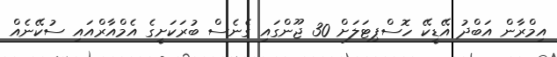
އިމްރާން އަބްދު އޭޑީކޭ ހޮސްޕިޓަލަށް 30 ޖޫންގައި ގެނެސް ބުރަކަށީގެ އެމްއާރްއައި ސުކޭނެއް